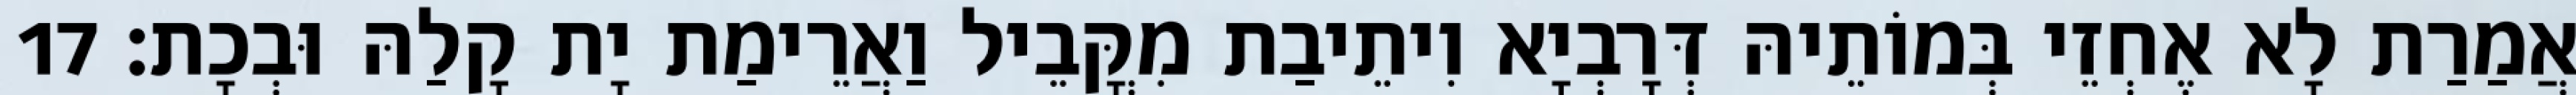
אֲמַרַת לָא אֶחְזֵי בְּמוֹתֵיהּ דְּרָבְיָא וִיתֵיבַת מִקֳּבֵיל וַאֲרֵימַת יָת קָלַהּ וּבְכָת׃ 17